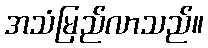
အသံမြည်လာသည်။